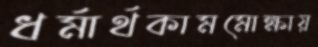
ধর্মার্থকামমোক্ষায়